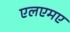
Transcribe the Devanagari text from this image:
एलएमए